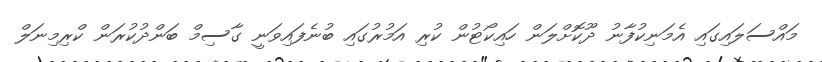
މައްސަލަައިގައި އެމަނިކުފާނު ދޫކޮށްލަން ހައިކޯޓުން ކުރި އަމުރުގައި ބުނެފައިވަނީ ގާސިމް ބަންދުކުރަން ކްރިމިނަލް